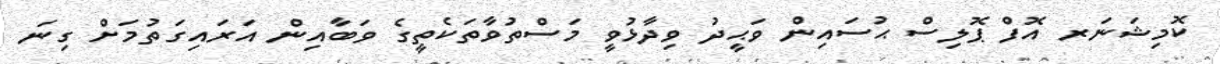
ކޮމިޝަނަރ އޮފް ޕޮލިސް ޙުސައިން ވަޙީދު ވިދާޅުވީ މަސްތުވާތަކެތީގެ ވަބާއިން އަރައިގަތުމަށް ގިނަ